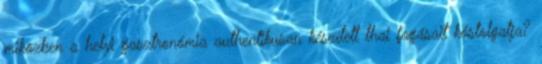
miközben a helyi gasztronómia authentikusan készített thai fogásait kóstolgatja?